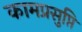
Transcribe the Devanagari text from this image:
कामप्रसुप्ति